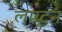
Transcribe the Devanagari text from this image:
लाय्टन